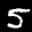
Label: 5